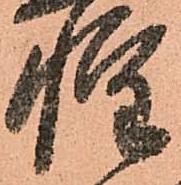
惶